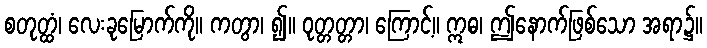
စတုတ္ထံ၊ လေးခုမြောက်ကို။ ကတွာ၊ ၍။ ဝုတ္တတ္တာ၊ ကြောင့်။ ဣဓ၊ ဤနောက်ဖြစ်သော အရာ၌။